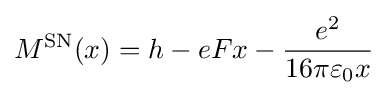
M^{\rm {SN}}(x)=h-eFx-{\frac {e^{2}}{16\pi \varepsilon _{0}x}}